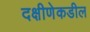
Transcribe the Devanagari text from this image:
दक्षीणेकडील